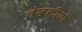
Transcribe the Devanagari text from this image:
लेखकीयो